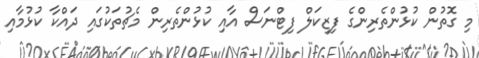
މި ގޮތުން ކުޅުންތެރިންގެ ފިޒިކަލް ފިޓްނަސް އާއި ކުޅުންތެރިން މެޗުތަކުގައި ދައްކާ ކުޅުމާއި